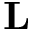
\mathbf { L }